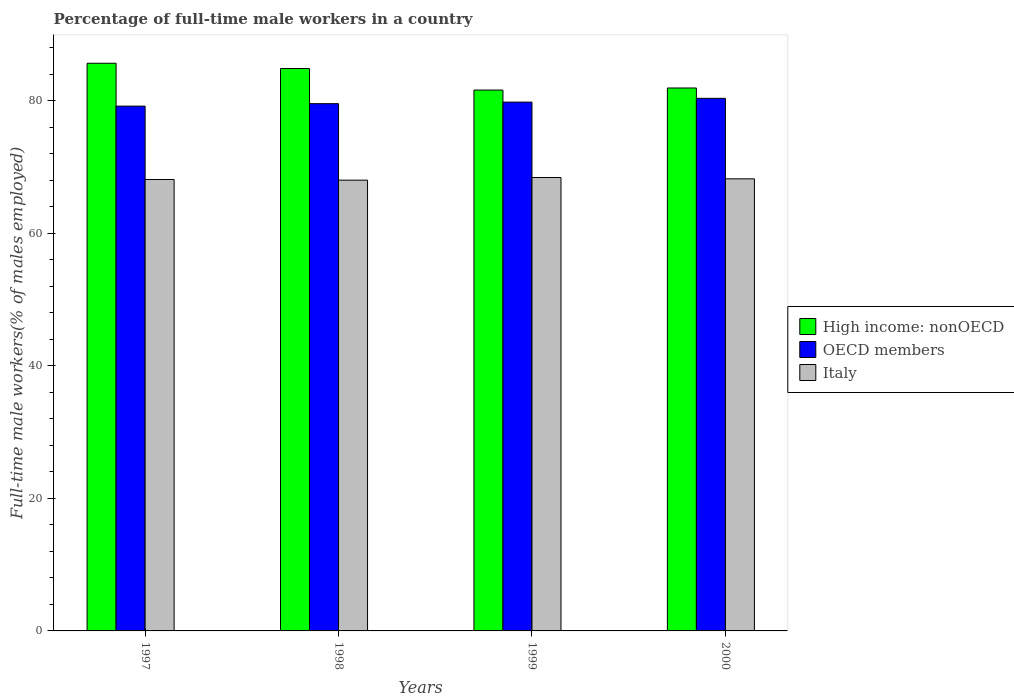
| Years | High income: nonOECD | OECD members | Italy |
 | --- | --- | --- | --- |
 | 1997 | 85.6 | 79.2 | 68.1 |
 | 1998 | 84.8 | 79.5 | 68 |
 | 1999 | 81.6 | 79.8 | 68.4 |
 | 2000 | 81.9 | 80.3 | 68.2 |